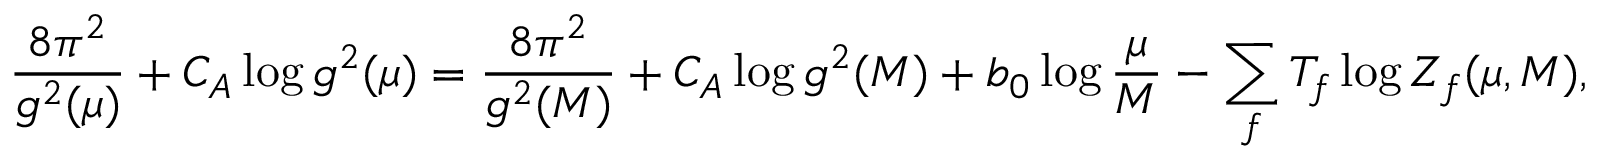
\frac { 8 \pi ^ { 2 } } { g ^ { 2 } ( \mu ) } + C _ { A } \log g ^ { 2 } ( \mu ) = \frac { 8 \pi ^ { 2 } } { g ^ { 2 } ( M ) } + C _ { A } \log g ^ { 2 } ( M ) + b _ { 0 } \log \frac { \mu } { M } - \sum _ { f } T _ { f } \log Z _ { f } ( \mu , M ) ,